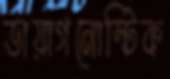
ডায়াগনোস্টিক